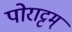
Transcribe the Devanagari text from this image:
पोराट्टम्